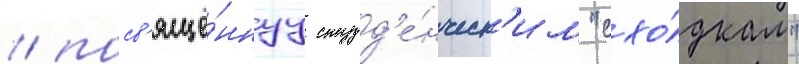
/ посв'ящё́ннуу студ'е́нческ'им "схо́дкам"